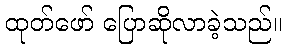
ထုတ်ဖော် ပြောဆိုလာခဲ့သည်။